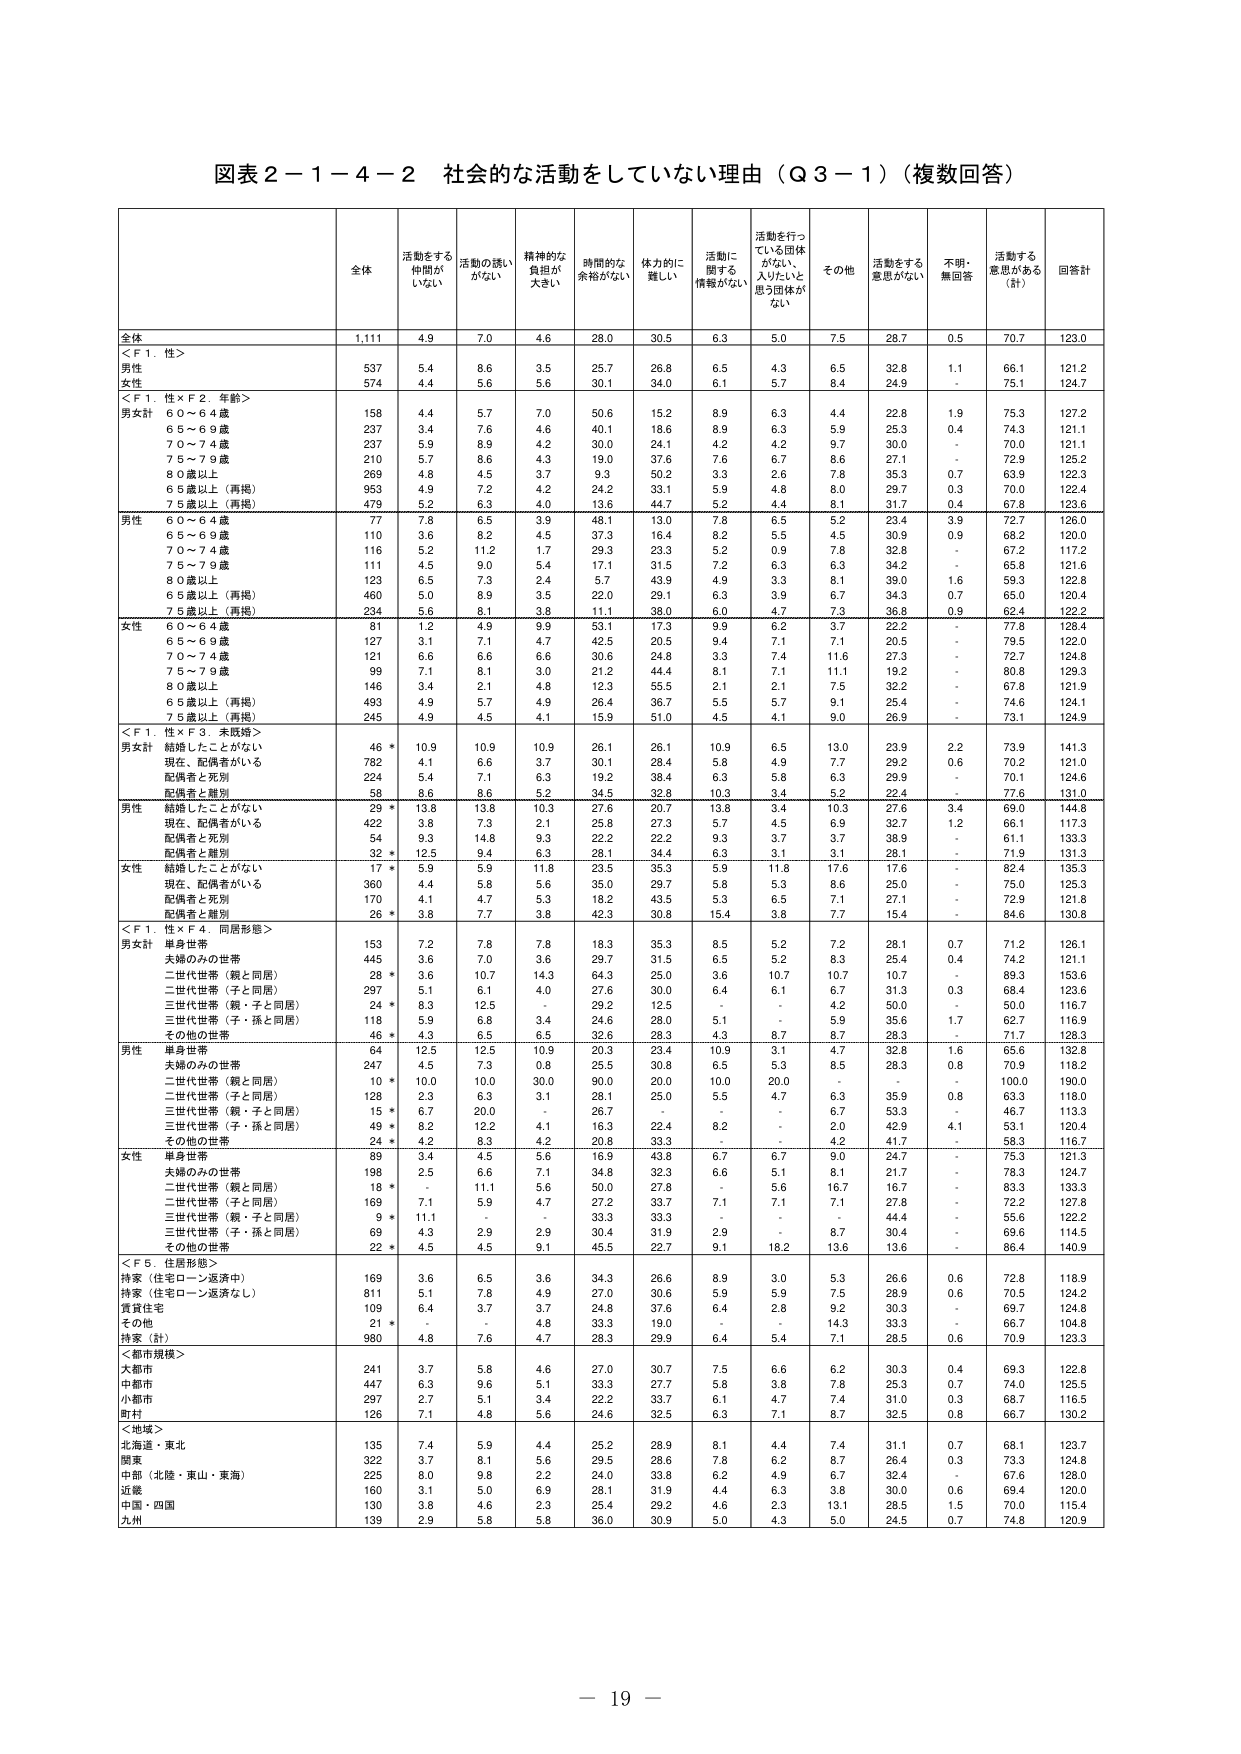
図表２－１－４－２ 社会的な活動をしていない理由（Ｑ３－１）（複数回答）

全体 活動をする 仲間が いない 活動の誘い がない 精神的な 負担が 大きい 時間的な 余裕がない 体力的に 難しい 活動に 関する 情報がない 活動を行っ ている団体 がない、 入りたいと 思う団体が ない その他 活動をする 意思がない 不明・ 無回答 活動する 意思がある （計） 回答計

全体 1,111 4.9 7.0 4.6 28.0 30.5 6.3 5.0 7.5 28.7 0.5 70.7 123.0

＜Ｆ１．性＞
男性 537 5.4 8.6 3.5 25.7 26.8 6.5 4.3 6.5 32.8 1.1 66.1 121.2
女性 574 4.4 5.6 5.6 30.1 34.0 6.1 5.7 8.4 24.9 - 75.1 124.7

＜Ｆ１．性×Ｆ２．年齢＞
男女計
６０～６４歳 158 4.4 5.7 7.0 50.6 15.2 8.9 6.3 4.4 22.8 1.9 75.3 127.2
６５～６９歳 237 3.4 7.6 4.6 40.1 18.6 8.9 6.3 5.9 25.3 0.4 74.3 121.1
７０～７４歳 237 5.9 8.9 4.2 30.0 24.1 4.2 4.2 9.7 30.0 - 70.0 121.1
７５～７９歳 210 5.7 8.6 4.3 19.0 37.6 7.6 6.7 8.6 27.1 - 72.9 125.2
８０歳以上 269 4.8 4.5 3.7 9.3 50.2 3.3 2.6 7.8 35.3 0.7 63.9 122.3
６５歳以上（再掲） 953 4.9 7.2 4.2 24.2 33.1 5.9 4.8 8.0 29.7 0.3 70.0 122.4
７５歳以上（再掲） 479 5.2 6.3 4.0 13.6 44.7 5.2 4.4 8.1 31.7 0.4 67.8 123.6

男性
６０～６４歳 77 7.8 6.5 3.9 48.1 13.0 7.8 6.5 5.2 23.4 3.9 72.7 126.0
６５～６９歳 110 3.6 8.2 4.5 37.3 16.4 8.2 5.5 4.5 30.9 0.9 68.2 120.0
７０～７４歳 116 5.2 11.2 1.7 29.3 23.3 5.2 0.9 7.8 32.8 - 67.2 117.2
７５～７９歳 111 4.5 9.0 5.4 17.1 31.5 7.2 6.3 6.3 34.2 - 65.8 121.6
８０歳以上 123 6.5 7.3 2.4 5.7 43.9 4.9 3.3 8.1 39.0 1.6 59.3 122.8
６５歳以上（再掲） 460 5.0 8.9 3.5 22.0 29.1 6.3 3.9 6.7 34.3 0.7 65.0 120.4
７５歳以上（再掲） 234 5.6 8.1 3.8 11.1 38.0 6.0 4.7 7.3 36.8 0.9 62.4 122.2

女性
６０～６４歳 81 1.2 4.9 9.9 53.1 17.3 9.9 6.2 3.7 22.2 - 77.8 128.4
６５～６９歳 127 3.1 7.1 4.7 42.5 20.5 9.4 7.1 7.1 20.5 - 79.5 122.0
７０～７４歳 121 6.6 6.6 6.6 30.6 24.8 3.3 7.4 11.6 27.3 - 72.7 124.8
７５～７９歳 99 7.1 8.1 3.0 21.2 44.4 8.1 7.1 11.1 19.2 - 80.8 129.3
８０歳以上 146 3.4 2.1 4.8 12.3 55.5 2.1 2.1 7.5 32.2 - 67.8 121.9
６５歳以上（再掲） 493 4.9 5.7 4.9 26.4 36.7 5.5 5.7 9.1 25.4 - 74.6 124.1
７５歳以上（再掲） 245 4.9 4.5 4.1 15.9 51.0 4.5 4.1 9.0 26.9 - 73.1 124.9

＜Ｆ１．性×Ｆ３．未既婚＞
男女計
結婚したことがない 46 * 10.9 10.9 10.9 26.1 26.1 10.9 6.5 13.0 23.9 2.2 73.9 141.3
現在、配偶者がいる 782 4.1 6.6 3.7 30.1 28.4 5.8 4.9 7.7 29.2 0.6 70.2 121.0
配偶者と死別 224 5.4 7.1 6.3 19.2 38.4 6.3 5.8 6.3 29.9 - 70.1 124.6
配偶者と離別 58 8.6 8.6 5.2 34.5 32.8 10.3 3.4 5.2 22.4 - 77.6 131.0

男性
結婚したことがない 29 * 13.8 13.8 10.3 27.6 20.7 13.8 3.4 10.3 27.6 3.4 69.0 144.8
現在、配偶者がいる 422 3.8 7.3 2.1 25.8 27.3 5.7 4.5 6.9 32.7 1.2 66.1 117.3
配偶者と死別 54 9.3 14.8 9.3 22.2 22.2 9.3 3.7 3.7 38.9 - 61.1 133.3
配偶者と離別 32 * 12.5 9.4 6.3 28.1 34.4 6.3 3.1 3.1 28.1 - 71.9 131.3

女性
結婚したことがない 17 * 5.9 5.9 11.8 23.5 35.3 5.9 11.8 17.6 17.6 - 82.4 135.3
現在、配偶者がいる 360 4.4 5.8 5.6 35.0 29.7 5.8 5.3 8.6 25.0 - 75.0 125.3
配偶者と死別 170 4.1 4.7 5.3 18.2 43.5 5.3 6.5 7.1 27.1 - 72.9 121.8
配偶者と離別 26 * 3.8 7.7 3.8 42.3 30.8 15.4 3.8 7.7 15.4 - 84.6 130.8

＜Ｆ１．性×Ｆ４．同居形態＞
男女計
単身世帯 153 7.2 7.8 7.8 18.3 35.3 8.5 5.2 7.2 28.1 0.7 71.2 126.1
夫婦のみの世帯 445 3.6 7.0 3.6 29.7 31.5 6.5 5.2 8.3 25.4 0.4 74.2 121.1
二世代世帯（親と同居） 28 * 3.6 10.7 14.3 64.3 25.0 3.6 10.7 10.7 10.7 - 89.3 153.6
二世代世帯（子と同居） 297 5.1 6.1 4.0 27.6 30.0 6.4 6.1 6.7 31.3 0.3 68.4 123.6
三世代世帯（親・子と同居） 24 * 8.3 12.5 - 29.2 12.5 - - 4.2 50.0 - 50.0 116.7
三世代世帯（子・孫と同居） 118 5.9 6.8 3.4 28.0 24.6 5.1 5.9 5.9 35.6 1.7 62.7 116.9
その他の世帯 46 * 4.3 6.5 6.5 32.6 28.3 4.3 8.7 8.7 28.3 - 71.7 128.3

男性
単身世帯 64 12.5 12.5 10.9 20.3 23.4 10.9 3.1 4.7 32.8 1.6 65.6 132.8
夫婦のみの世帯 247 4.5 7.3 0.8 25.5 30.8 6.5 5.3 8.5 28.3 0.8 70.9 118.2
二世代世帯（親と同居） 10 * 10.0 10.0 30.0 90.0 20.0 10.0 20.0 - - - 100.0 190.0
二世代世帯（子と同居） 128 2.3 6.3 3.1 28.1 25.0 5.5 4.7 6.3 35.9 0.8 63.3 118.0
三世代世帯（親・子と同居） 15 * 6.7 20.0 - 26.7 - - - 6.7 53.3 - 46.7 113.3
三世代世帯（子・孫と同居） 49 * 8.2 12.2 4.1 16.3 22.4 8.2 - 2.0 42.9 4.1 53.1 120.4
その他の世帯 24 * 4.2 8.3 4.2 20.8 33.3 - - 4.2 41.7 - 58.3 116.7

女性
単身世帯 89 3.4 4.5 5.6 16.9 43.8 6.7 6.7 9.0 24.7 - 75.3 121.3
夫婦のみの世帯 198 2.5 6.6 7.1 34.8 32.3 6.6 5.1 8.1 21.7 - 78.3 124.7
二世代世帯（親と同居） 18 * - 11.1 5.6 50.0 27.8 - 5.6 16.7 16.7 - 83.3 133.3
二世代世帯（子と同居） 169 7.1 5.9 4.7 27.2 33.7 7.1 7.1 7.1 27.8 - 72.2 127.8
三世代世帯（親・子と同居） 9 * 11.1 - - 33.3 33.3 - - - 44.4 - 55.6 122.2
三世代世帯（子・孫と同居） 69 4.3 2.9 2.9 30.4 31.9 2.9 - 8.7 30.4 - 69.6 114.5
その他の世帯 22 * 4.5 4.5 9.1 45.5 22.7 9.1 18.2 13.6 13.6 - 86.4 140.9

＜Ｆ５．住居形態＞
持家（住宅ローン返済中） 169 3.6 6.5 3.6 34.3 26.6 8.9 3.0 5.3 26.6 0.6 72.8 118.9
持家（住宅ローン返済なし） 811 5.1 7.8 4.9 27.0 30.6 5.9 5.9 7.5 28.9 0.6 70.5 124.2
賃貸住宅 109 6.4 3.7 3.7 24.8 37.6 6.4 2.8 9.2 30.3 - 69.7 124.8
その他 21 * - - 4.8 33.3 19.0 - - 14.3 33.3 - 66.7 104.8
持家（計） 980 4.8 7.6 4.7 28.3 29.9 6.4 5.4 7.1 28.5 0.6 70.9 123.3

＜都市規模＞
大都市 241 3.7 5.8 4.6 27.0 30.7 7.5 6.6 6.2 30.3 0.4 69.3 122.8
中都市 447 6.3 9.6 5.1 33.3 27.7 5.8 3.8 7.8 25.3 0.7 74.0 125.5
小都市 297 2.7 5.1 3.4 22.2 33.7 6.1 4.7 7.4 31.0 0.3 68.7 116.5
町村 126 7.1 4.8 5.6 24.6 32.5 6.3 7.1 8.7 32.5 0.8 66.7 130.2

＜地域＞
北海道・東北 135 7.4 5.9 4.4 25.2 28.9 8.1 4.4 7.4 31.1 0.7 68.1 123.7
関東 322 3.7 8.1 5.6 29.5 28.6 7.8 6.2 8.7 26.4 0.3 73.3 124.8
中部（北陸・東山・東海） 225 8.0 9.8 2.2 24.0 33.8 6.2 4.9 6.7 32.4 - 67.6 128.0
近畿 160 3.1 5.0 6.9 28.1 31.9 4.4 6.3 3.8 30.0 0.6 69.4 120.0
中国・四国 130 3.8 4.6 2.3 25.4 29.2 4.6 2.3 13.1 28.5 1.5 70.0 115.4
九州 139 2.9 5.8 5.8 36.0 30.9 5.0 4.3 5.0 24.5 0.7 74.8 120.9

－ 19 －